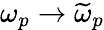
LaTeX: \omega_{p}\rightarrow\widetilde{\omega}_{p}